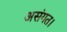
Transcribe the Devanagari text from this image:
असंगत।